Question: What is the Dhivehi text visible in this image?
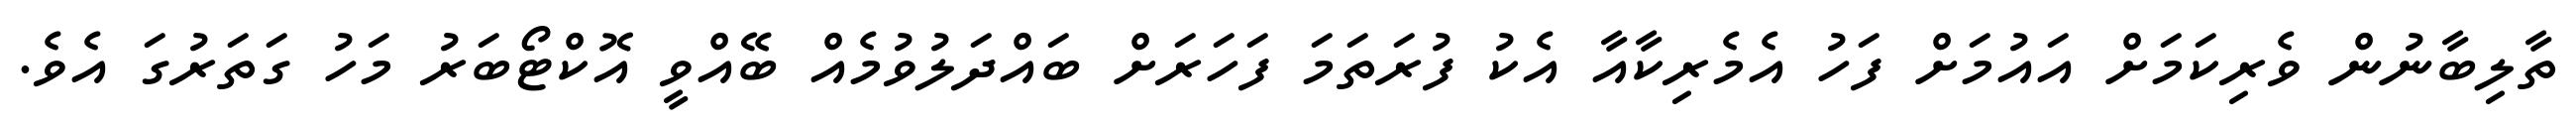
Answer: ތާލިބާނުން ވެރިކަމަށް އައުމަށް ފަހު އެމެރިކާއާ އެކު ފުރަތަމަ ފަހަރަށް ބައްދަލުވުމެއް ބޭއްވީ އޮކްޓޯބަރު މަހު ގަތަރުގަ އެވެ.